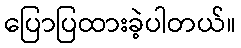
ပြောပြထားခဲ့ပါတယ်။